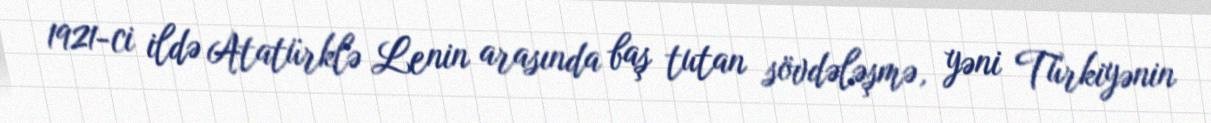
1921-ci ildə Atatürklə Lenin arasında baş tutan sövdələşmə, yəni Türkiyənin